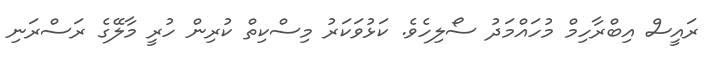
ރައީސް އިބްރާހިމް މުހައްމަދު ސޯލިހެވެ. ކަޅުވަކަރު މިސްކިތް ކުރިން ހުރީ މާލޭގެ ރަސްރަނި